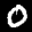
Label: 0